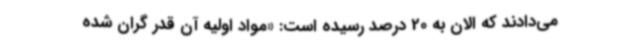
می‌دادند که الان به 20 درصد رسیده است: «مواد اولیه آن قدر گران شده